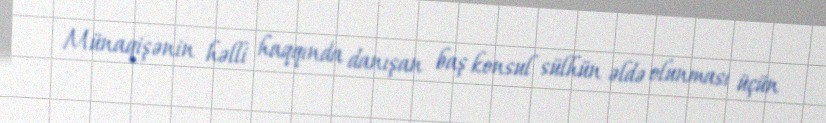
Münaqişənin həlli haqqında danışan baş konsul sülhün əldə olunması üçün